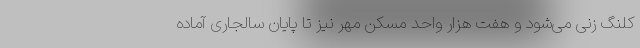
کلنگ زنی می‌شود و هفت هزار واحد مسکن مهر نیز تا پایان سالجاری آماده